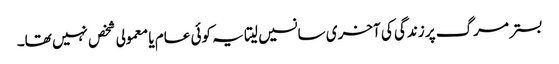
بستر مرگ پر زندگی کی آخری سانسیں لیتا یہ کوئی عام یا معمولی شخص نہیں تھا۔